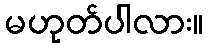
မဟုတ်ပါလား။